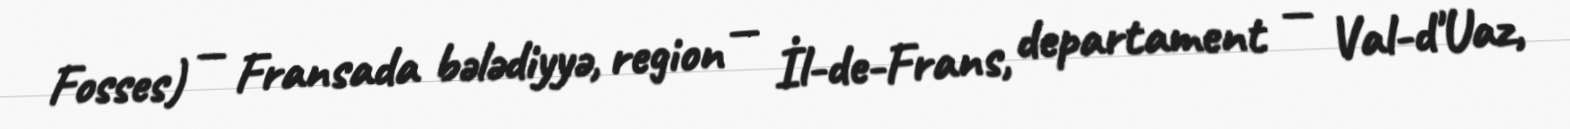
Fosses) — Fransada bələdiyyə, region — İl-de-Frans, departament — Val-d'Uaz,